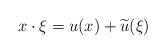
LaTeX: \begin{align*}x \cdot \xi = u(x) + \widetilde u (\xi) \end{align*}